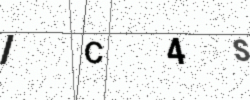
Text: IC4S